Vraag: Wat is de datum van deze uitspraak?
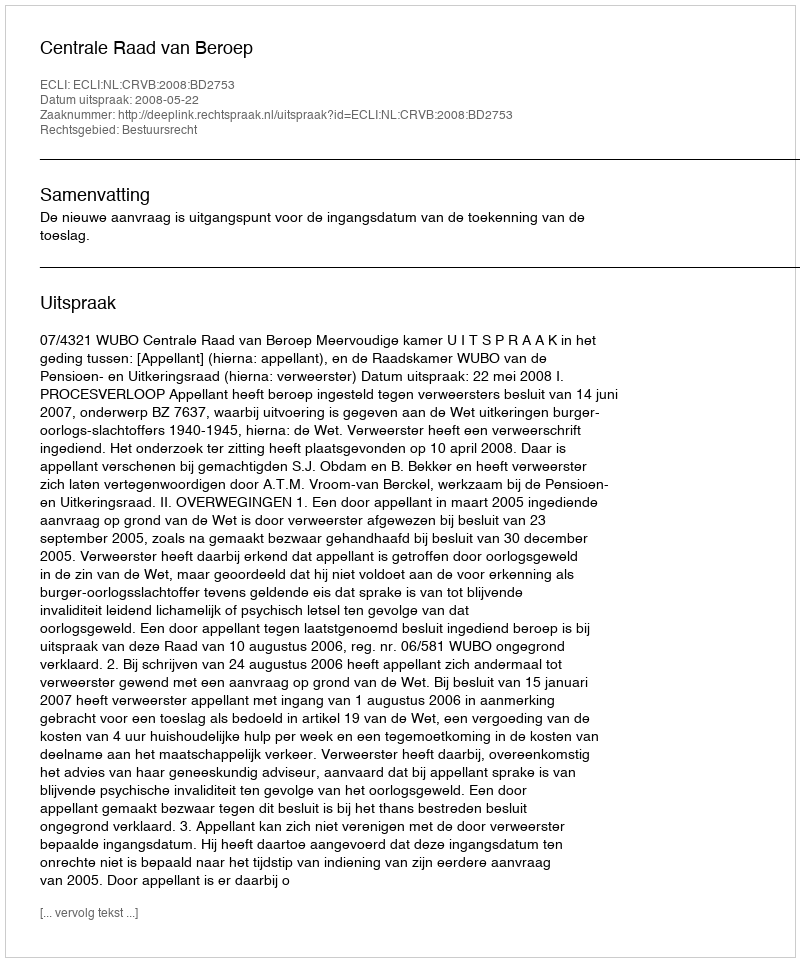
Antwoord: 2008-05-22